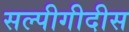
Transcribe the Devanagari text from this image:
सल्पीगीदीस